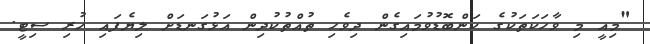
"މިއީ މި ވާހަކަތަކުގެ ކަންބޮޑުވުމައިގެން ދިވެހި ތުއްތުކުދިން އަޅުގަނޑަށް ލިޔެފައި ހުރި ސިޓީ.